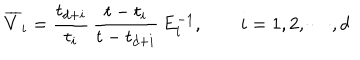
LaTeX: \overline { { { V } } } _ { i } = { \frac { t _ { d + i } } { t _ { i } } } \, { \frac { t - t _ { i } } { t - t _ { d + i } } } \, E _ { i } ^ { - 1 } , \qquad i = 1 , 2 , \cdots , d